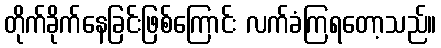
တိုက်ခိုက်နေခြင်းဖြစ်ကြောင်း လက်ခံကြရတော့သည်။